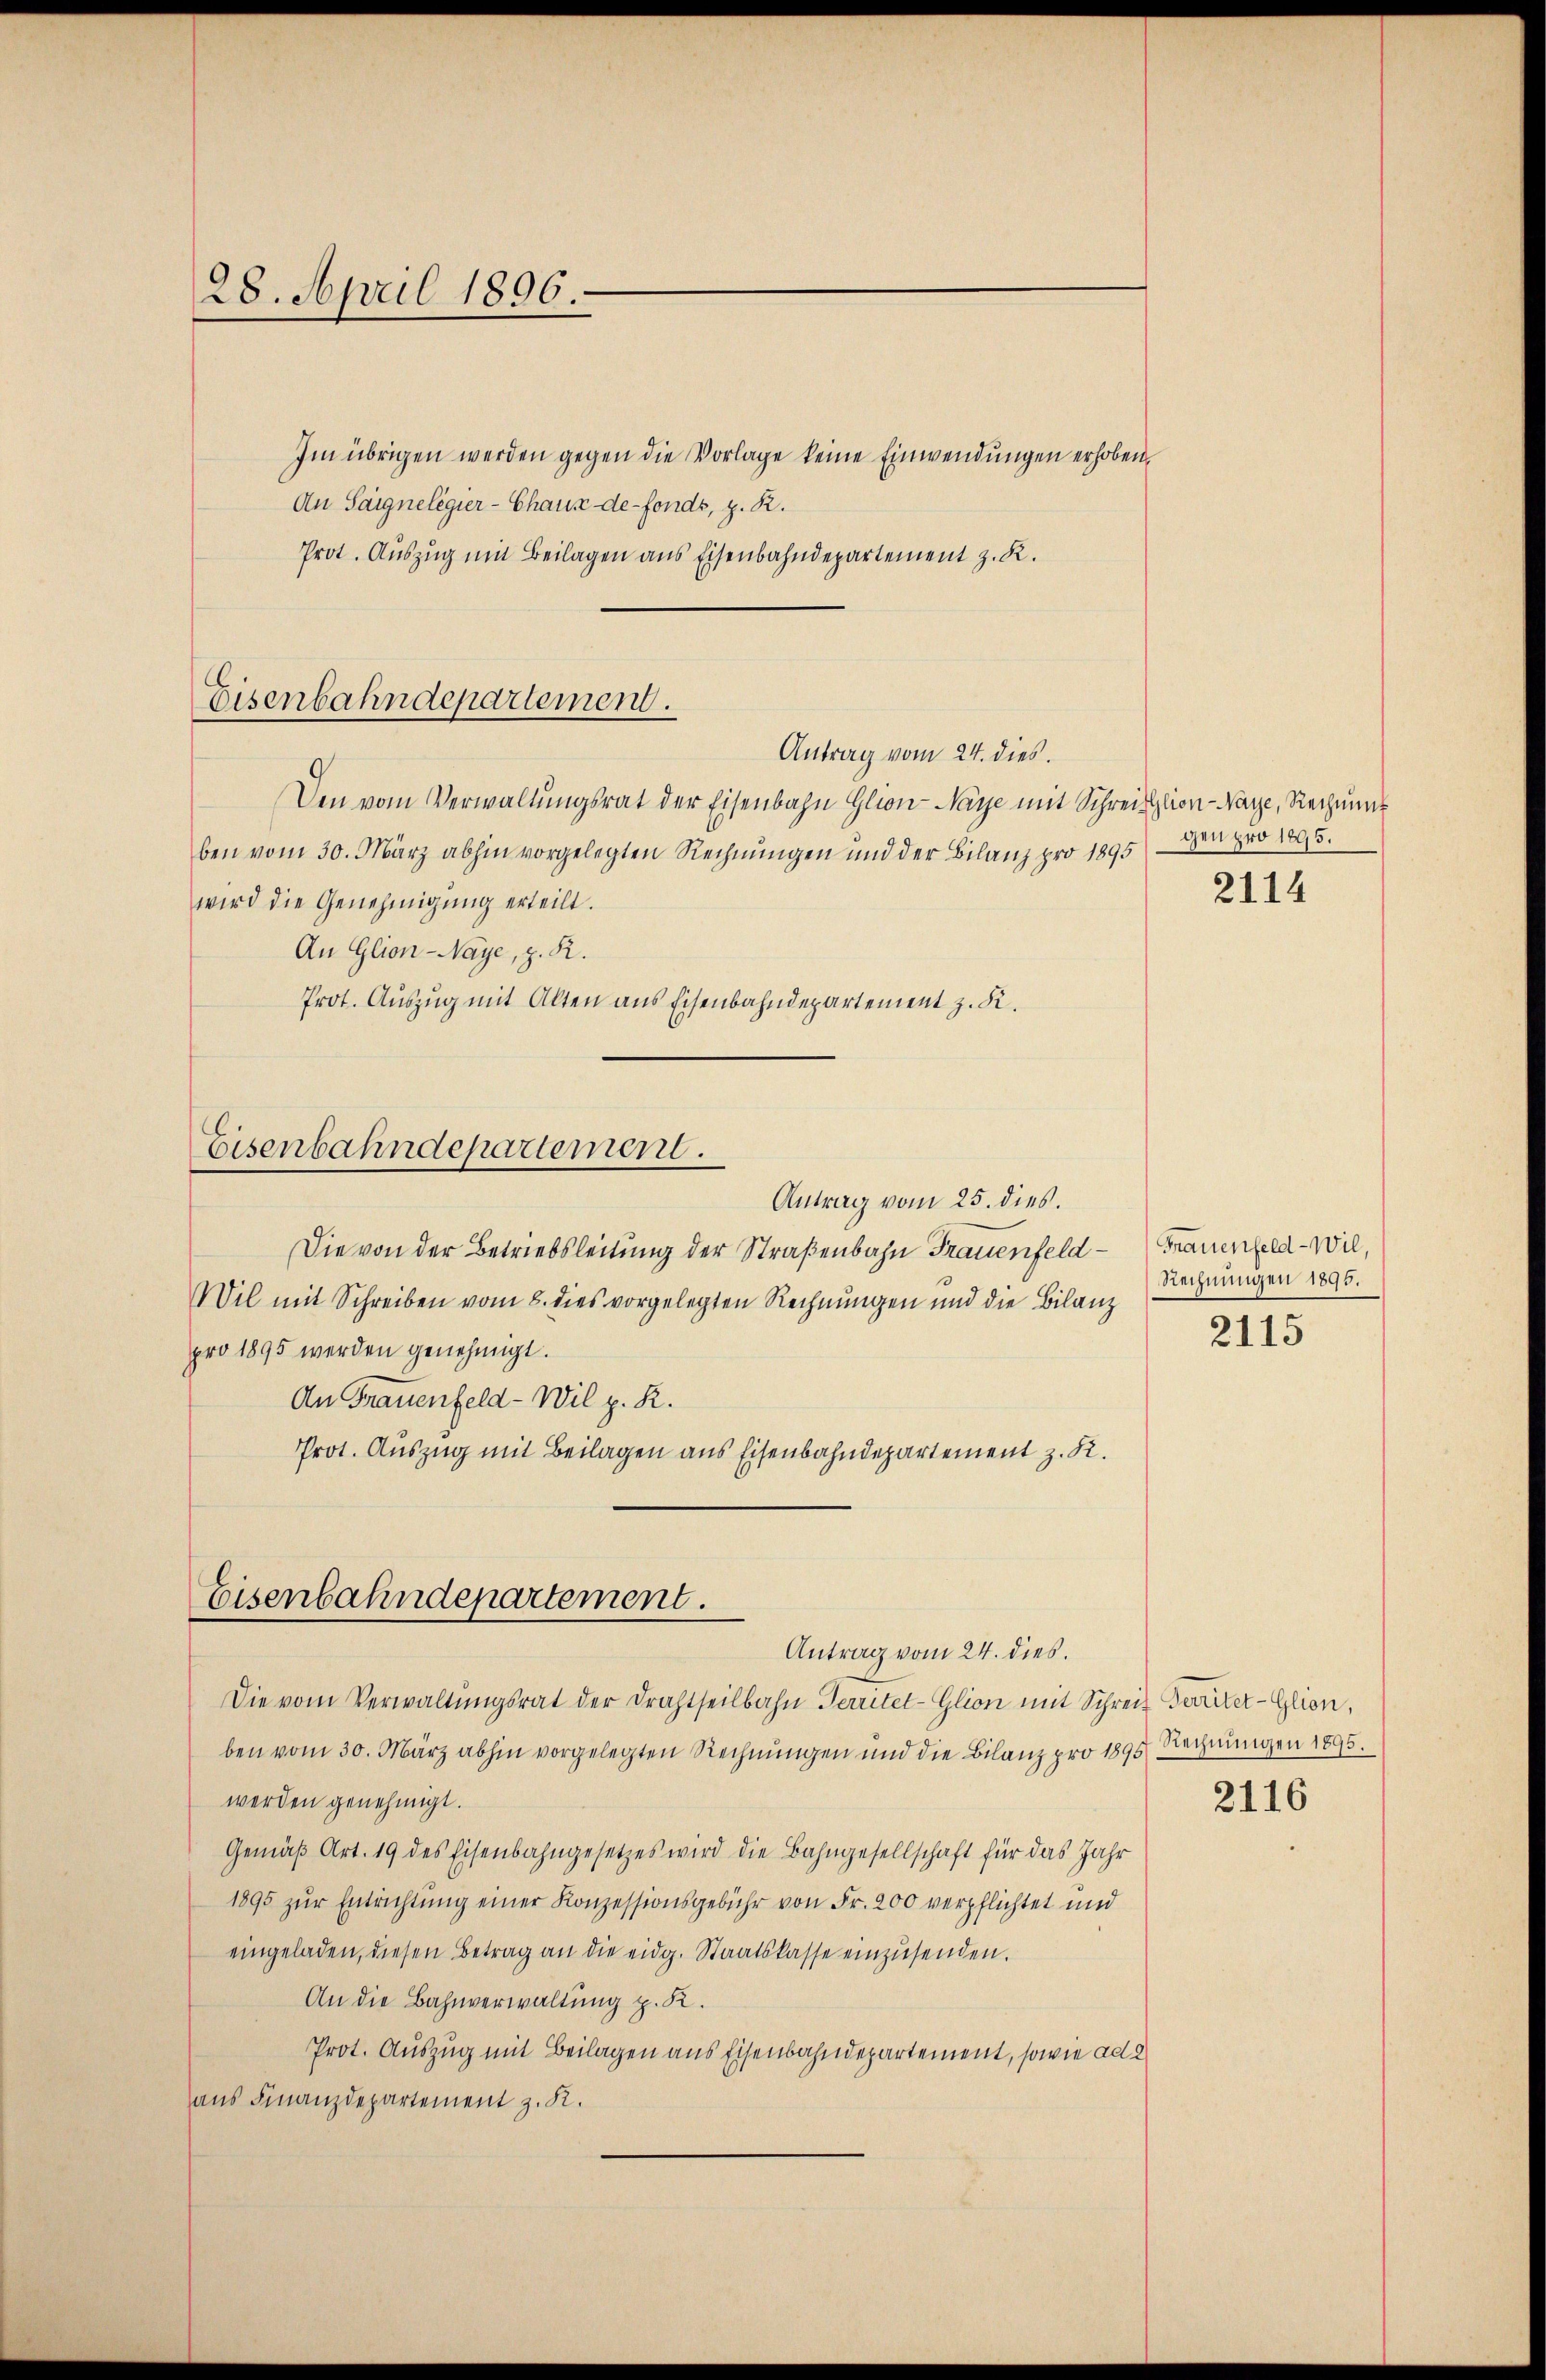
28. April 1896.

Eisenbahndepartement.

Antrag vom 24. dies

Eisenbahndepartement.
Antrag vom 24. dies.

Im übrigen werden gegen die Vorlage keine Einwendungen erhoben,
An Saignelegier-Chaux-de-Fonds, z. R.
Prot. Auszug mit Beilagen aus Eisenbahndepartement z. R.
Den vom Verwaltungsrat der Eisenbahn Glion-Naye mit Schreiblion-Waye, Rechnung
ben vom 30. März abhin vorgelegten Rechnungen und der Bilanz pro 1895) – den pro 1895.
wird die Genehmigung erteilt.
An Glion-Naye, z. R.
Prot. Auszug mit Alten aus Eisenbahndepartement z. K.
Eisenbahndepartement.
Antrag vom 25. dies.
Die von der Betriebsleitung der Straßenbahn Frauenfeld - Frauenfeld-Wil,
Wil mit Schreiben vom 8. dies vorgelegten Rechnungen und die Bilanz
pro 1895 werden genehmigt.
An Frauenfeld - Wil p. R.
Prot. Auszug mit Beilagen aus Eisenbahndepartement z. B.

2114

Die vom Verwaltungsrat der Drahtseilbahn Territet-Glion mit Schreit Ferier-Glion,
ben vom 30. März abhin vorgelegten Rechnungen und die Bilanz pro 1895 Rechnungen 1895.
werden genehmigt.
Gemäβ Art. 19 des Eisenbahngesetzes wird die Bahngesellschaft für das Jahr
1895 zur Entrichtung einer Konzessionsgebühr von Fr. 200 verpflichtet und
eingeladen, diesen Betrag an die eidg. Staatskasse einzŭsenden.
An die Bahnverwaltung p. K.
Prot. Auszug mit Beilagen aus Eisenbahndepartement, sowie ad 2
aus Finanzdepartement z. R.

Rechnungen 1895.

2115

2116